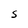
Character: s